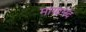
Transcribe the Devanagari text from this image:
मायानंद